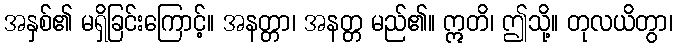
အနှစ်၏ မရှိခြင်းကြောင့်။ အနတ္တာ၊ အနတ္တ မည်၏။ ဣတိ၊ ဤသို့။ တုလယိတွာ၊